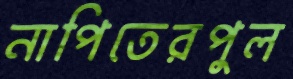
নাপিতেরপুল